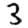
Digit: 3